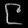
Digit: ၉